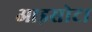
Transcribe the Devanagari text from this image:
आइसोटा